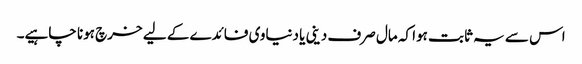
اس سے یہ ثابت ہوا کہ مال صرف دینی یا دنیاوی فائدے کے لیے خرچ ہونا چاہیے۔